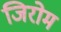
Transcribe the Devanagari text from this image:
जिरोम